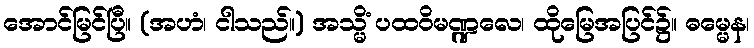
အောင်မြင်ပြီ။ (အဟံ၊ ငါသည်။) အသ္မိံ ပထဝိမဏ္ဍလေ၊ ထိုမြေအပြင်၌။ ဓမ္မေန၊